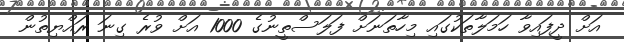
އަށް ދީފައިވާ ހަމަލާތަކުގައި މިހާތަނަށް ފަލަސްތީނުގެ 1000 އަށް ވުރެ ގިނަ ރައްޔިތުން